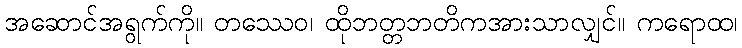
အဆောင်အရွက်ကို။ တဿေဝ၊ ထိုဘတ္တဘတိကအားသာလျှင်။ ကရောထ၊